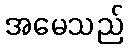
အမေသည်